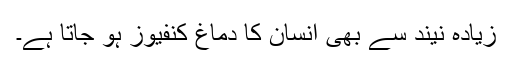
زیادہ نیند سے بھی انسان کا دماغ کنفیوز ہو جاتا ہے۔